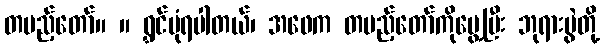
တပည့်တော်။ ။ ရွှင်ပုံရပါတယ်၊ အဖေက တပည့်တော်ကိုပွေ့ပြီး ဘုရားပွဲတို့